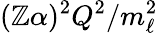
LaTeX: (\mathbb{Z}\alpha)^{2}Q^{2}/m_{\ell}^{2}